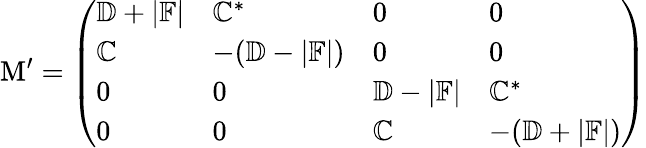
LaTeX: \mathrm{M}^{\prime}=\left(\begin{array}{llll}{\mathbb{D}+|\mathbb{F}|}&{\mathbb{C}^{*}}&{0}&{0}\\ {\mathbb{C}}&{-(\mathbb{D}-|\mathbb{F}|)}&{0}&{0}\\ {0}&{0}&{\mathbb{D}-|\mathbb{F}|}&{\mathbb{C}^{*}}\\ {0}&{0}&{\mathbb{C}}&{-(\mathbb{D}+|\mathbb{F}|)}\end{array}\right)